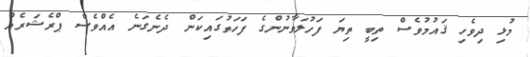
މުޅި ދިވެހި ޤައުމުވެސް ތިބީ ތިޔަ ފަހުލަވާނުންގެ ފަހަތުގައިކަން ދެނެގަނެ އެއްވެސް ޕްރެޝަރެއް